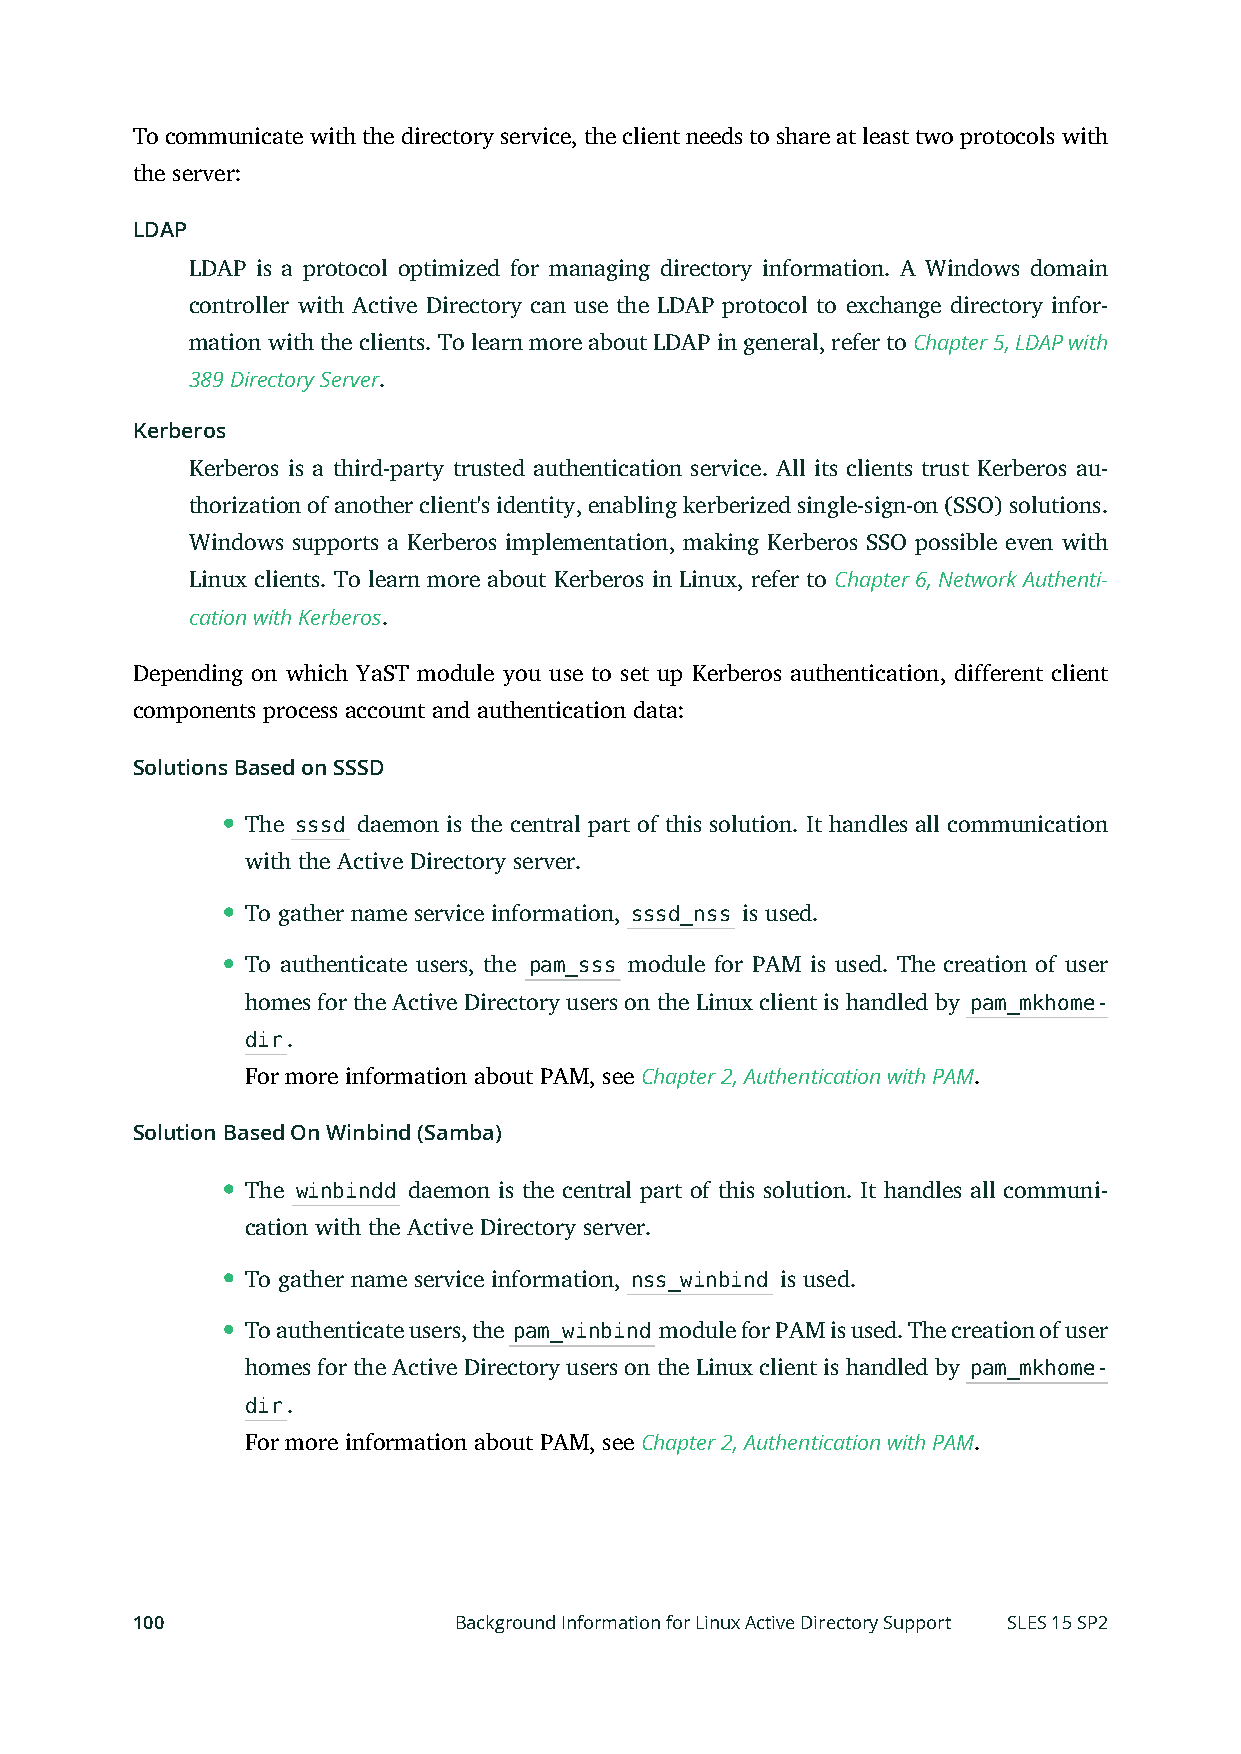
To communicate with the directory service, the client needs to share at least two protocols with
 the server:
 LDAP
 LDAP is a protocol optimized for managing directory information. A Windows domain
 controller with Active Directory can use the LDAP protocol to exchange directory infor-
 mation with the clients. To learn more about LDAP in general, refer to Chapter 5, LDAP with
 389 Directory Server.
 Kerberos
 Kerberos is a third-party trusted authentication service. All its clients trust Kerberos au-
 thorization of another client's identity, enabling kerberized single-sign-on (SSO) solutions.
 Windows supports a Kerberos implementation, making Kerberos SSO possible even with
 Linux clients. To learn more about Kerberos in Linux, refer to Chapter 6, Network Authenti-
 cation with Kerberos.
 Depending on which YaST module you use to set up Kerberos authentication, different client
 components process account and authentication data:
 Solutions Based on SSSD
 The sssd daemon is the central part of this solution. It handles all communication
 with the Active Directory server.
 To gather name service information, sssd_nss is used.
 To authenticate users, the pam_sss module for PAM is used. The creation of user
 homes for the Active Directory users on the Linux client is handled by pam_mkhome-
 dir.
 For more information about PAM, see Chapter 2, Authentication with PAM.
 Solution Based On Winbind (Samba)
 The winbindd daemon is the central part of this solution. It handles all communi-
 cation with the Active Directory server.
 To gather name service information, nss_winbind is used.
 To authenticate users, the pam_winbind module for PAM is used. The creation of user
 homes for the Active Directory users on the Linux client is handled by pam_mkhome-
 dir.
 For more information about PAM, see Chapter 2, Authentication with PAM.
 100                  Background Information for Linux Active Directory Support SLES 15 SP2